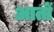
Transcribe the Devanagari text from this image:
आतों